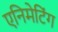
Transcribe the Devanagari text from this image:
एनिमेटिंग